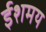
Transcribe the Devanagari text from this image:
ईशमय